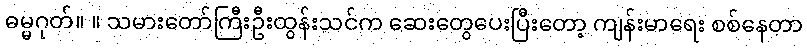
ဓမ္မဂုတ်။ ။ သမားတော်ကြီးဦးထွန်းသင်က ဆေးတွေပေးပြီးတော့ ကျန်းမာရေး စစ်နေတာ